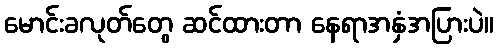
မောင်းခလုတ်တွေ ဆင်ထားတာ နေရာအနှံအပြားပဲ။